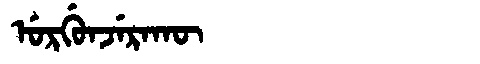
Manchu: ᡠᡵᡤᡠᠨᠵᡝᡵᠠᡴᡡ
Romanization: URGUNJERAKŪ